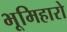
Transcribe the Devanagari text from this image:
भूमिहारो